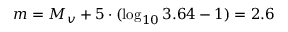
m = M _ { v } + 5 \cdot ( \log _ { 1 0 } 3 . 6 4 - 1 ) = 2 . 6